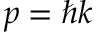
p = \hbar k